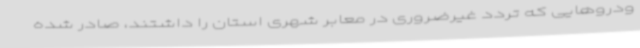
ودروهایی که تردد غیرضروری در معابر شهری استان را داشتند، صادر شده